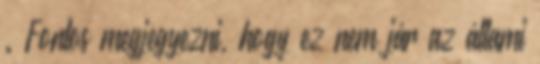
. Fontos megjegyezni, hogy ez nem jár az állami